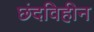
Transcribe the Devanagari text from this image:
छंदविहीन